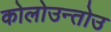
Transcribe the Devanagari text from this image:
कोलोउन्तोउ